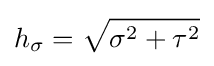
h_{\sigma }={\sqrt {\sigma ^{2}+\tau ^{2}}}